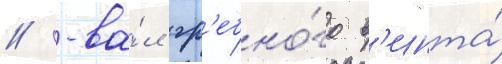
// -ва́л гр'ебно́го в'инта́